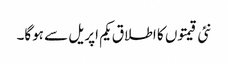
نئی قیمتوں کا اطلاق یکم اپریل سے ہوگا۔